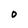
Character: O